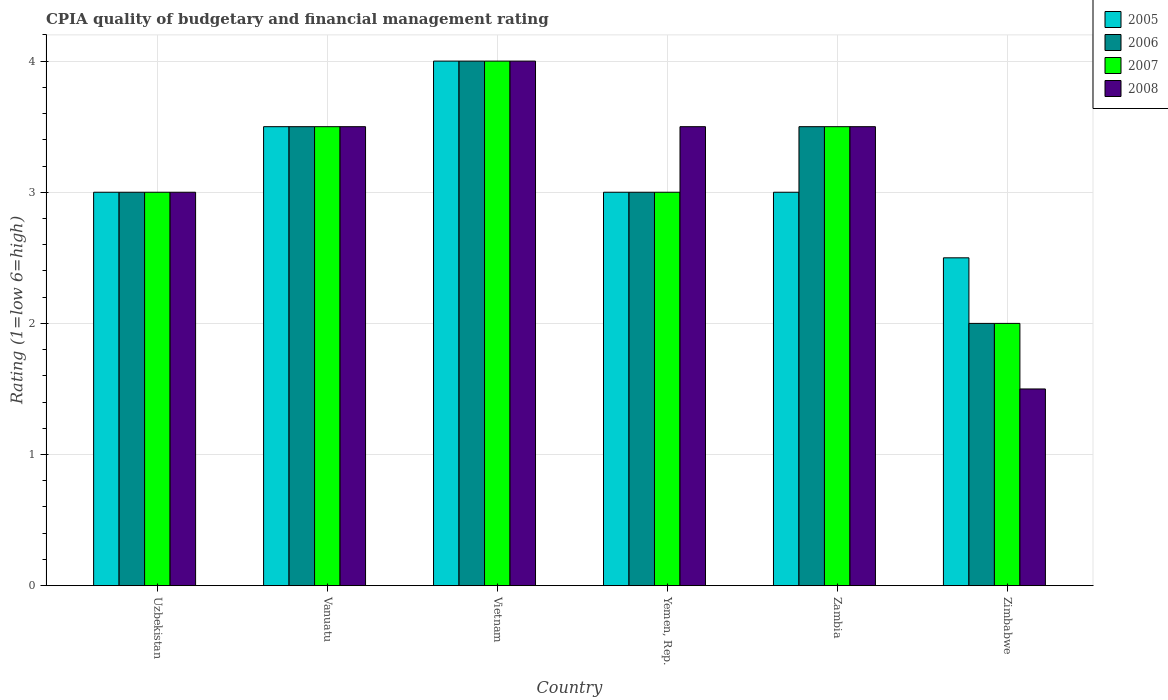
| Country | 2005 | 2006 | 2007 | 2008 |
 | --- | --- | --- | --- | --- |
 | Uzbekistan | 3 | 3 | 3 | 3 |
 | Vanuatu | 3.5 | 3.5 | 3.5 | 3.5 |
 | Vietnam | 4 | 4 | 4 | 4 |
 | Yemen, Rep. | 3 | 3 | 3 | 3.5 |
 | Zambia | 3 | 3.5 | 3.5 | 3.5 |
 | Zimbabwe | 2.5 | 2 | 2 | 1.5 |